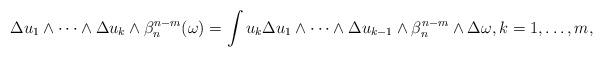
LaTeX: \begin{align*}\Delta u_1\wedge\dots\wedge \Delta u_k \wedge \beta_n^{n-m}(\omega)= \int u_k\Delta u_1\wedge\dots\wedge\Delta u_{k-1}\wedge \beta_n^{n-m}\wedge \Delta \omega, k=1,\dots,m , \end{align*}